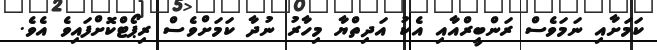
ކަމަށާއި ނަމަވެސް ރަންބީރްއާއި އެކު އަދިތްޔާ މިހާރު ނުދާ ކަމަށްވެސް ރިޕޯޓްކޮށްފައިވެ އެވެ.